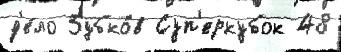
д'е́ло Зубко́в Суп'еркубок 48